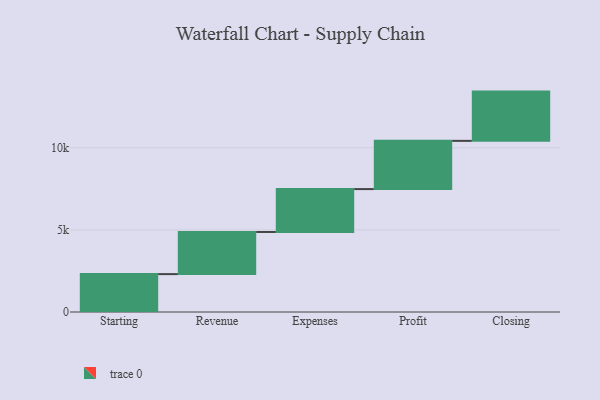
{"axis": {"x": "Step", "y": "Value"}, "legend": [""], "data": [{"x": "Starting", "y": 2307.0, "type": ""}, {"x": "Revenue", "y": 2567.0, "type": ""}, {"x": "Expenses", "y": 2611.0, "type": ""}, {"x": "Profit", "y": 2937.0, "type": ""}, {"x": "Closing", "y": 3000, "type": ""}]}